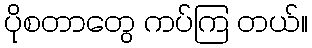
ပိုစတာတွေ ကပ်ကြ တယ်။